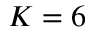
K = 6